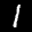
Label: 1